Annual administration report of the Civil Veterinary Department, Sind - 1937-1938
Year: 1937
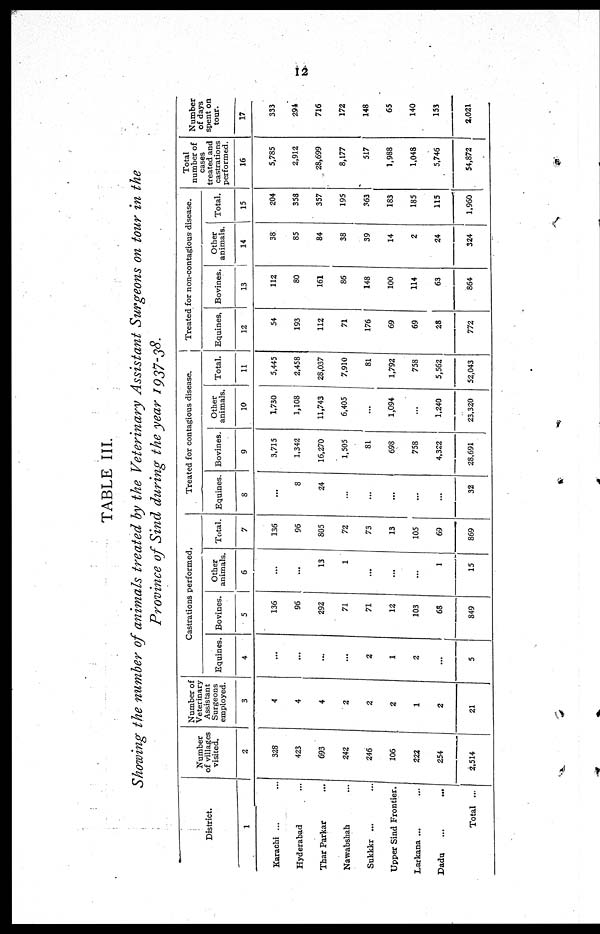
12
TABLE III.
Showing the number of animals treated by the Veterinary Assistant Surgeons on tour in the
Province of Sind during the year 1937-38.
District.
1
Karachi ... ...
Hyderabad ...
Thar Parkar ...
Nawabshah ...
Sukkkr ... ...
Upper Sind Frontier.
Larkana ... ...
Dadu ... ...
Total ...
Number
of villages
visited.
2
328
423
693
242
246
106
222
254
2,514
Number of
Veterinary
Assistant
Surgeons
employed.
3
4
4
4
2
2
2
1
2
21
Castrations performed,
Equines.
4
...
...
...
...
2
1
2
...
5
Bovines.
5
136
96
292
71
71
12
103
68
849
Other
animals.
6
...
...
13
1
...
...
...
1
15
Total.
7
136
96
805
72
73
13
105
69
869
Treated for contagious disease.
Equines.
8
...
8
24
...
...
...
...
...
32
Bovines.
9
3,715
1.342
16,270
1,505
81
698
758
4.322
28,691
Other
animals.
10
1,730
1,108
11,743
6,405
...
1,094
...
1,240
23,320
Total.
11
5,445
2,458
28,037
7,910
81
1,792
758
5,562
52,043
Treated for non-contagious disease.
Equines,
12
54
193
112
71
176
69
69
28
772
Bovines.
13
112
80
161
86
148
100
114
63
864
Other
animals.
14
38
85
84
38
39
14
2
24
324
Total.
15
204
358
357
195
363
183
185
115
1,960
Total
number of
cases
treated and
castrations
performed.
16
5,785
2,912
28,699
8,177
517
1,988
1,048
5,746
54,872
Number
of days
spent on
tour.
17
333
291
716
172
148
65
140
153
2,021